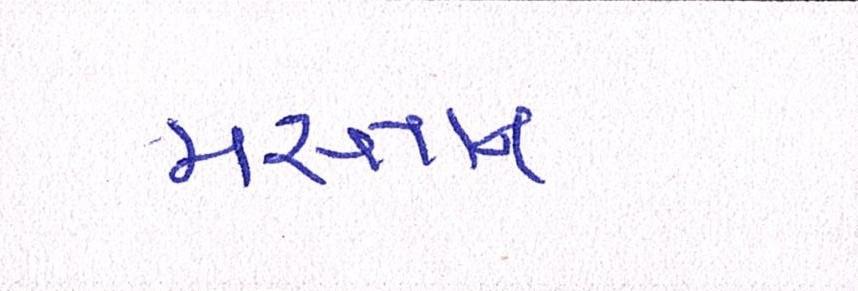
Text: મસ્તાન